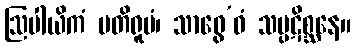
ဩပါယိကံ ပတိရူပံ၊ သာဓွေ’ဝံ သမ္ပဋိစ္ဆနေ။